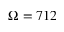
\Omega = 7 1 2